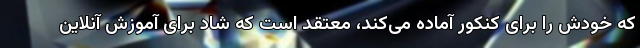
که خودش را برای کنکور آماده می‌کند، معتقد است که شاد برای آموزش آنلاین